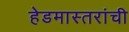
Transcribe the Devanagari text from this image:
हेडमास्तरांची